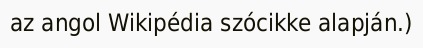
az angol Wikipédia szócikke alapján.)